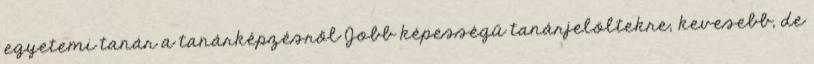
egyetemi tanár a tanárképzésről Jobb képességű tanárjelöltekre, kevesebb, de